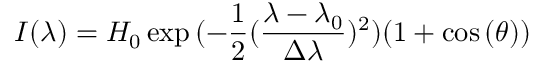
I ( \lambda ) = H _ { 0 } \exp { ( - \frac { 1 } { 2 } ( \frac { \lambda - \lambda _ { 0 } } { \Delta \lambda } ) ^ { 2 } ) } ( 1 + \cos { ( \theta ) } )